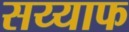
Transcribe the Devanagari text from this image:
सय्याफ